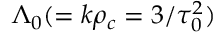
\Lambda _ { 0 } ( = k \rho _ { c } = 3 / \tau _ { 0 } ^ { 2 } )